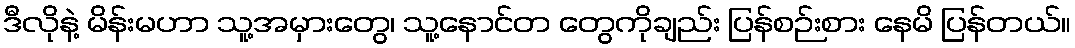
ဒီလိုနဲ့ မိန်းမဟာ သူ့အမှားတွေ၊ သူ့နောင်တ တွေကိုချည်း ပြန်စဉ်းစား နေမိ ပြန်တယ်။